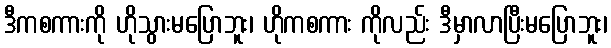
ဒီကစကားကို ဟိုသွားမပြောဘူး၊ ဟိုကစကား ကိုလည်း ဒီမှာလာပြီးမပြောဘူး၊